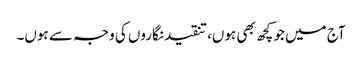
آج میں جو کچھ بھی ہوں، تنقید نگاروں کی وجہ سے ہوں۔